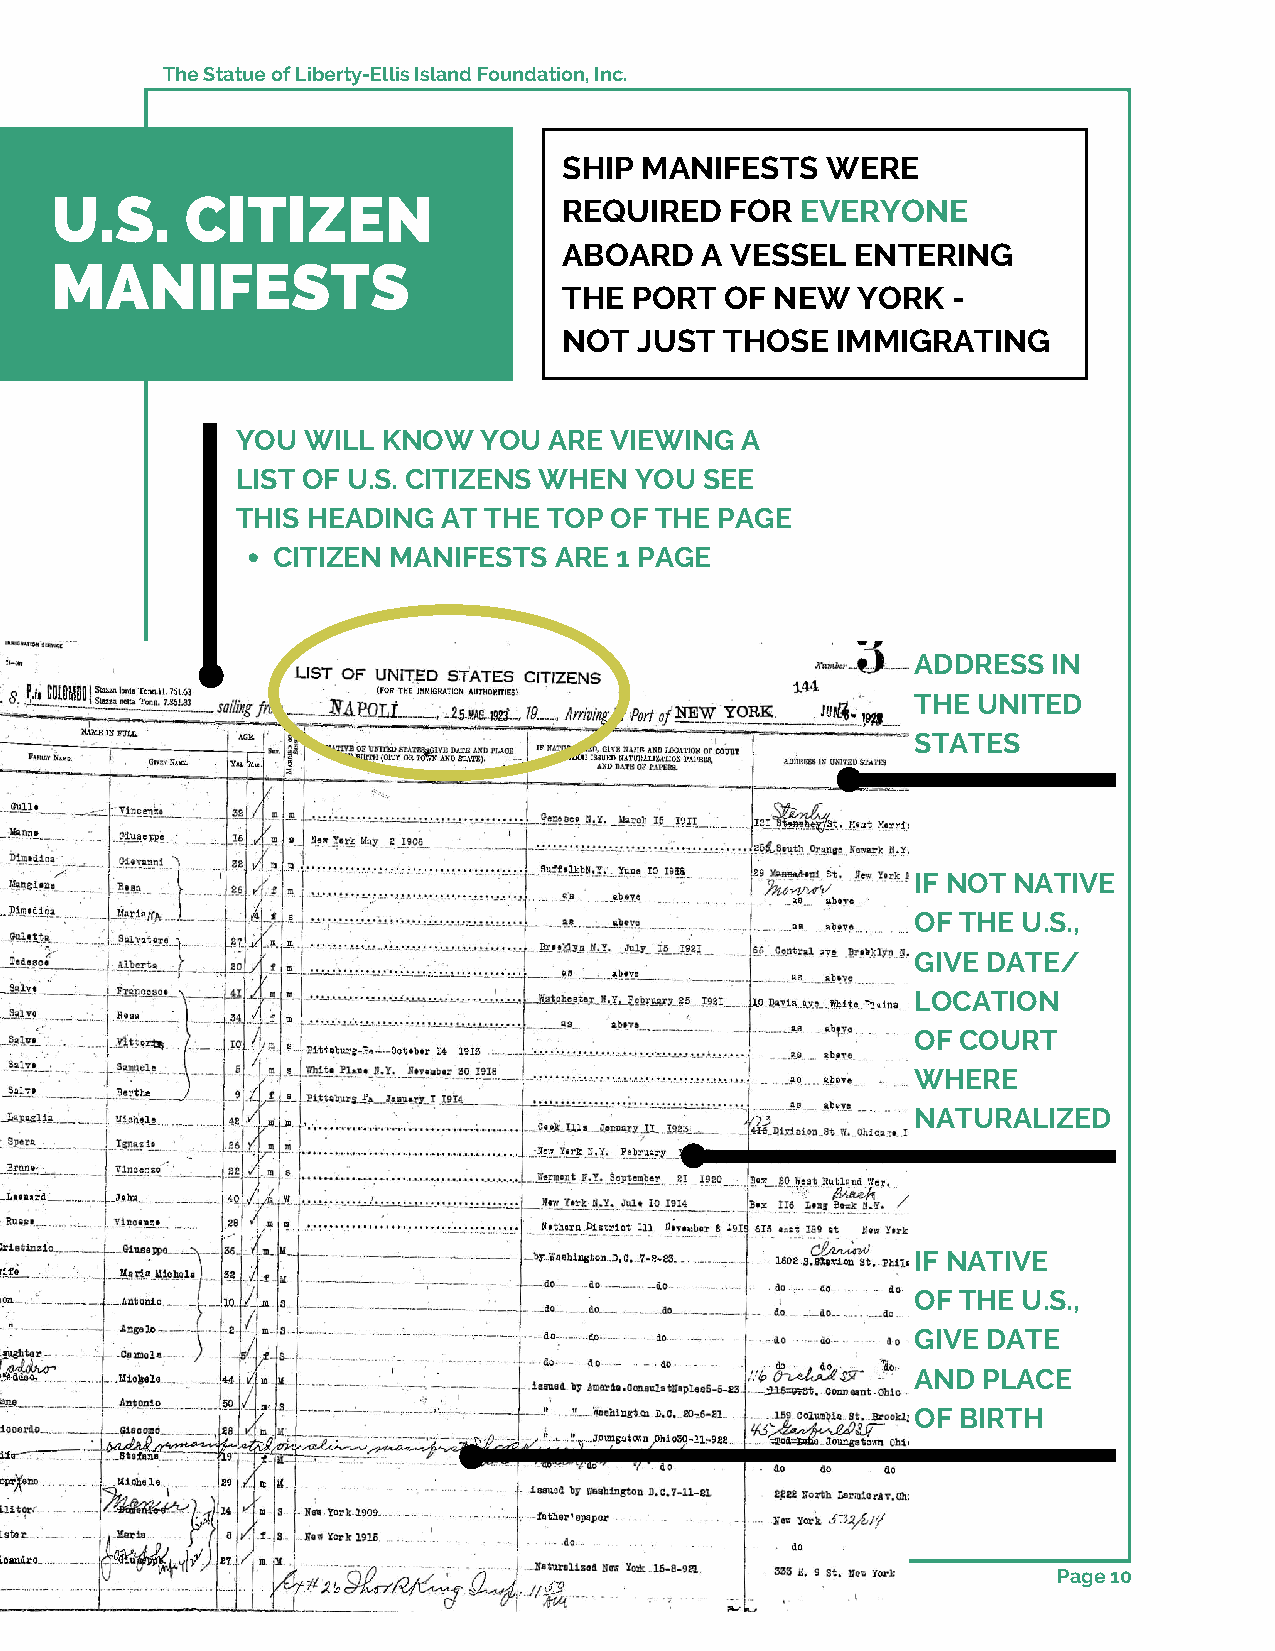
The Statue of Liberty-Ellis Island Foundation, Inc.
 SHIP MANIFESTS    WERE
 U.S.     CITIZEN                  REQUIRED   FOR  EVERYONE
 ABOARD   A VESSEL   ENTERING
 MANIFESTS
 THE  PORT  OF NEW   YORK  -
 NOT  JUST  THOSE  IMMIGRATING
 YOU WILL KNOW   YOU ARE VIEWING  A
 LIST OF U.S. CITIZENS WHEN YOU SEE
 THIS HEADING AT THE TOP OF THE PAGE
 CITIZEN MANIFESTS  ARE 1 PAGE
 ADDRESS  IN
 THE UNITED
 STATES
 BRAND
 POSITIONING      AND
 TARGET    MARKETS
 IF NOT NATIVE
 OF THE U.S.,
 GIVE DATE/
 LOCATION
 OF COURT
 WHERE
 NATURALIZED
 IF NATIVE
 OF THE U.S.,
 GIVE DATE
 AND PLACE
 OF BIRTH
 Page 10